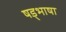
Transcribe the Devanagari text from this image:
षड्भाषा